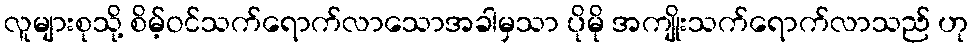
လူများစုသို့ စိမ့်ဝင်သက်ရောက်လာသောအခါမှသာ ပိုမို အကျိုးသက်ရောက်လာသည် ဟု